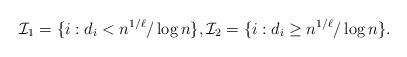
LaTeX: \begin{align*}\mathcal{I}_1=\{i: d_i<n^{1/\ell}/\log n\}, \mathcal{I}_2=\{i: d_i\geq n^{1/\ell}/\log n\}.\end{align*}